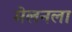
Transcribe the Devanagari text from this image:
मेलनला